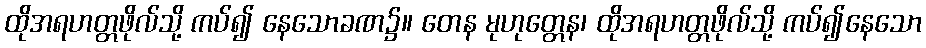
ထိုအရဟတ္တဖိုလ်သို့ ကပ်၍ နေသောခဏ၌။ တေန မုဟုတ္တေန၊ ထိုအရဟတ္တဖိုလ်သို့ ကပ်၍နေသော